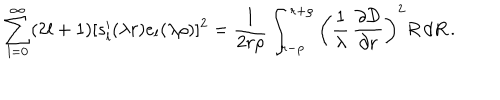
\sum _ { l = 0 } ^ { \infty } ( 2 l + 1 ) [ s _ { l } ^ { \prime } ( \lambda r ) e _ { l } ( \lambda \rho ) ] ^ { 2 } = \frac { 1 } { 2 r \rho } \int _ { r - \rho } ^ { r + \rho } \left( \frac { 1 } { \lambda } \, \frac { \partial { \cal D } } { \partial r } \right) ^ { 2 } R \, d R \, .